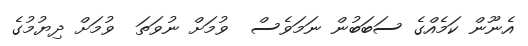
އެނޫން ކަމެއްގެ ސަބަބުން ނަމަވެސް  ވުމަށް ނުވަތަ  ވުމަށް ދިޔުމުގެ